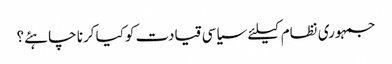
جمہوری نظام کیلئے سیاسی قیادت کوکیا کرنا چاہئے؟